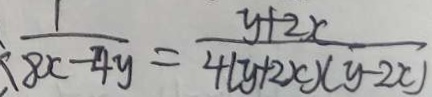
\frac { 1 } { 8 x - 4 y } = \frac { y + 2 x } { 4 ( y + 2 x ) ( y - 2 x ) }